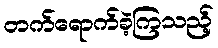
တက်ရောက်ခဲ့ကြသည့်